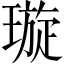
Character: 璇